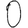
Digit: 0